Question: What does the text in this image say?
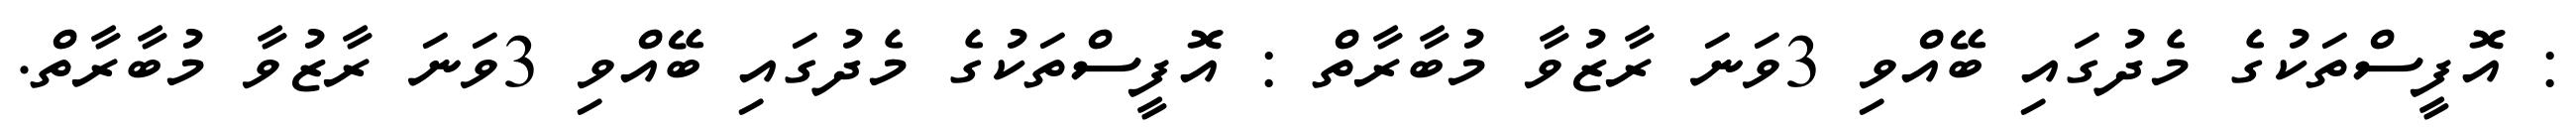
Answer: : އޮފީސްތަކުގެ މެދުގައި ބޭއްވި 3ވަނަ ރާޒުވާ މުބާރާތް : އޮފީސްތަކުގެ މެދުގައި ބޭއްވި 3ވަނަ ރާޒުވާ މުބާރާތް.